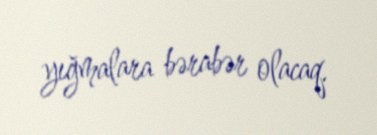
yığmalara bərabər olacaq.